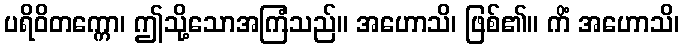
ပရိဝိတက္ကော၊ ဤသို့သောအကြံသည်။ အဟောသိ၊ ဖြစ်၏။ ကိံ အဟောသိ၊